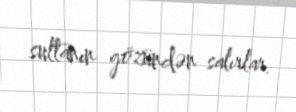
sultanın gözündən salırlar.